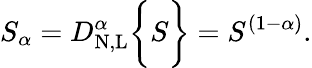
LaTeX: S_{\alpha}=D_{\mathrm{N,L}}^{\alpha}\bigg\{ {S\bigg\} }={S^{(1-\alpha)}}.